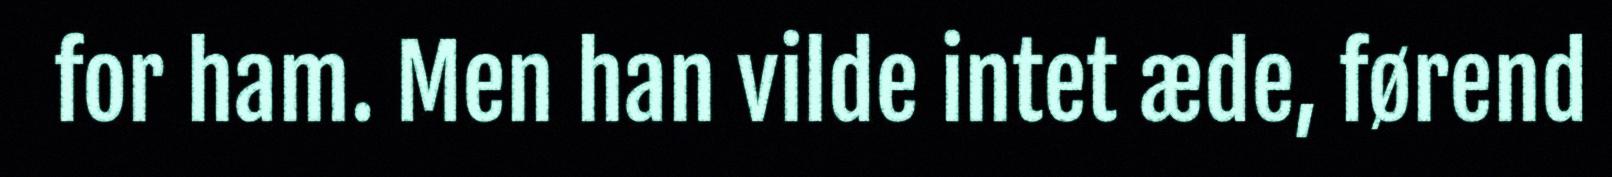
for ham. Men han vilde intet æde, førend